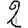
Digit: 2